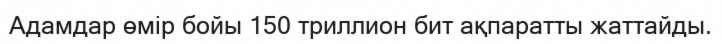
Адамдар өмір бойы 150 триллион бит ақпаратты жаттайды.